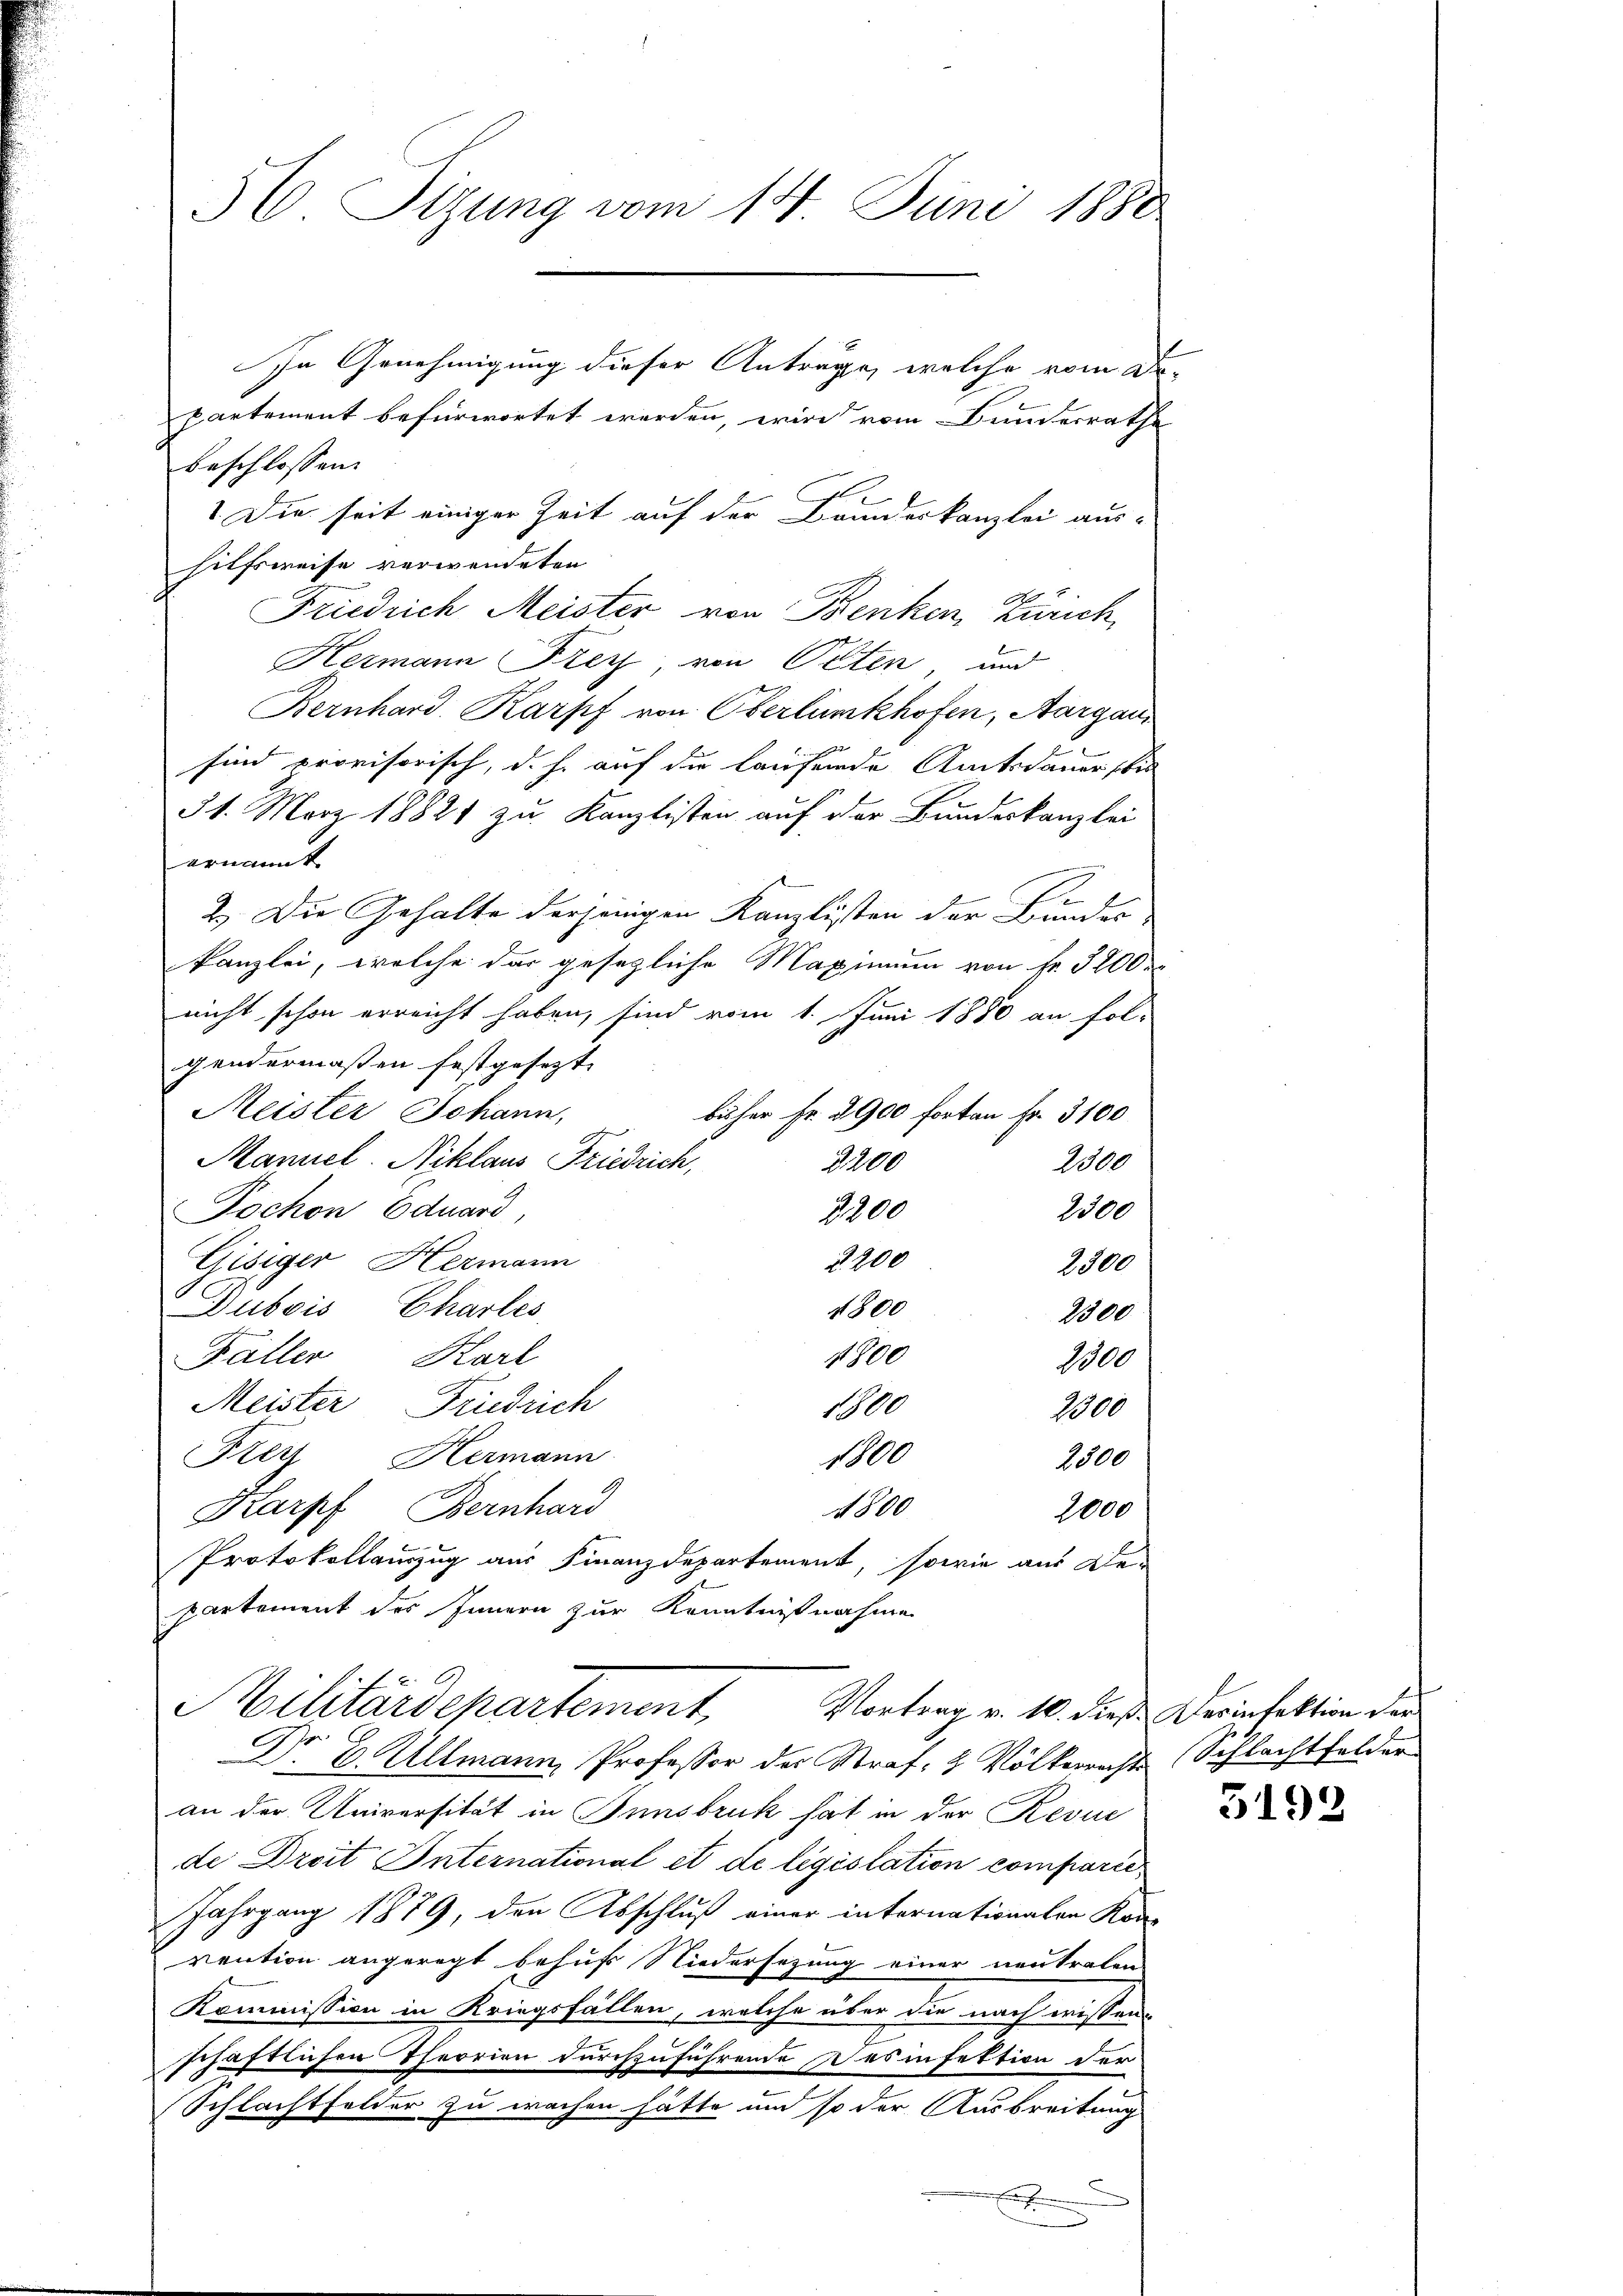
56 Sizung vom 14. Juni 1880

In Genehmigung dieser Anträge, welche vom De-
partement befürwortet werden, wird vom Bundesrathe
beschlossen:
Die seit einiger Zeit auf der Bruderkanzlei aus-
hilfsweise verwendeten
Friedrich Meister von Benken, Zürich,
Hermann Frey von Otten, und
Bernhard. Karpf von Oberlinkhofen, Aargau
sind provisorisch, d. h. auf die laufende Amtsdauerstin
31. März 18821 zu Kanzlisten auf der Bundeskanzlei
ernannt.
2
2.) Die Gehalte derjenigen Kanzlisten der Bundes-
kanzlei, welche das gesetzliche Maximum von Fr. 3200
nicht schon erreicht haben, sind vom 1. Juni 1880 an fol-
gendermaßen festgesezt. |
bisher Fr. 2900 fortan Fr. 3100
Meister Johann,
Maniel. Niklaus Friedrich,
2300
3200
2300
Pochon Eduard,
3,200
Gisiger Hermann
2200
2300
4800
Dubois Charles
2300
4800
Fäller Karl
1000
Meister Friedrich
1800
1000
1800
Frey Hermann
2300
4800
Karpf, Bernhard
2000
Protokollauszug aus Finanzdepartement, sowie aus De-
partement des Innern zur Kenntnißnahme

Dr. B. Allmann, Professor des Straf- & Völkerrechts (Schlachtfelder
an der Universität in Innsbruk hat in der Revue
de Dreit International et de législation comparie
Jahrgang 1879, den Abschluß einer internationalen Kon
vention angeregt behufs Niedersezung einer neutralen
Kommission in Kriegsfällen, welche über die nach wissen-
schaftlichen Theorien durchzuführende es infektion der
Schlachtfelder zu wachen hätte um so der Ausbreitung

Militärdepartement
Vortrag v. 10. dieß. Derinfektion der

5192